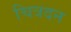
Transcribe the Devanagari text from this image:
चित्रदन